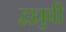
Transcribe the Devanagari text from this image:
द्वध्रुवी